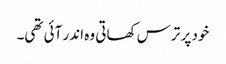
خود پر ترس کھاتی وہ اندر آئی تھی۔